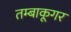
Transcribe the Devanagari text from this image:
तम्बाकूगर